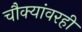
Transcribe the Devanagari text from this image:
चौक्यांवरही